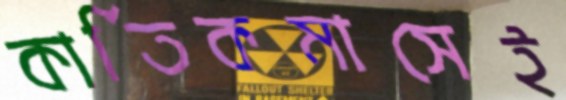
কার্তিকমাসেই